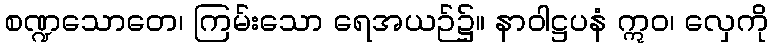
စဏ္ဍသောတေ၊ ကြမ်းသော ရေအယဉ်၌။ နာဝါဋ္ဌပနံ ဣဝ၊ လှေကို